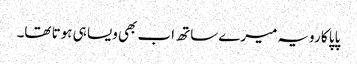
پاپا کا رویہ میرے ساتھ اب بھی ویسا ہی ہوتا تھا۔